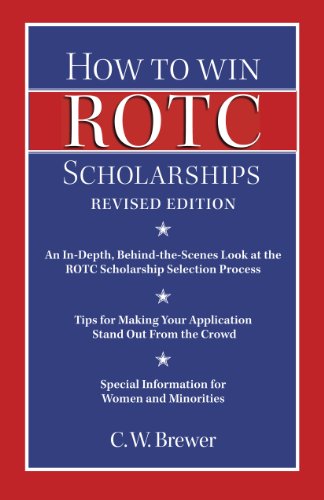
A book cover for How to Win Rotc Scholarships: An In-Depth, Behind-The-Scenes Look at the ROTC Scholarship Selection Process, Revised Edition; C. W. Brewer; Education & Teaching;